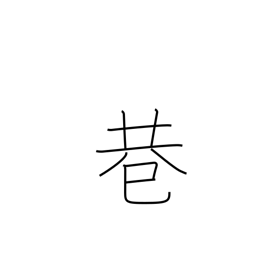
Meaning: fork in road